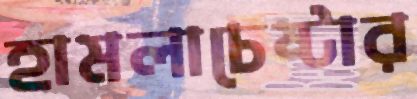
হামলাচেষ্টার